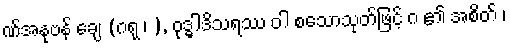
ဏ်အနုဗန် ချေ (ဂရု ၊ ), ဝုဒ္ဓါဒိသရဿ ဝါ စသောသုတ်ဖြင့် ဂ ၏ အစိတ် ၊